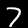
Digit: 7